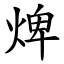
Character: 焷